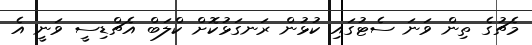
މެޗުގެ ތިން ވަނަ ސެޓުގައި ކުޅުން ރަނގަޅުކޮށް ކްލަބް އެޗްޑިސީ ވަނީ އެ